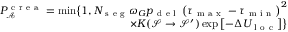
\begin{array} { r } { P _ { \mathcal { A } } ^ { \mathrm { ~ c ~ r ~ e ~ a ~ } } = \operatorname* { m i n } \bigr \{ 1 , N _ { \mathrm { ~ s ~ e ~ g ~ } } \omega _ { G } p _ { \mathrm { ~ d ~ e ~ l ~ } } \left( \tau _ { \mathrm { ~ m ~ a ~ x ~ } } - \tau _ { \mathrm { ~ m ~ i ~ n ~ } } \right) ^ { 2 } } \\ { \times K ( \mathcal { S } \rightarrow \mathcal { S } ^ { \prime } ) \exp \left[ - \Delta U _ { \mathrm { ~ l ~ o ~ c ~ } } \right] \bigr \} } \end{array}